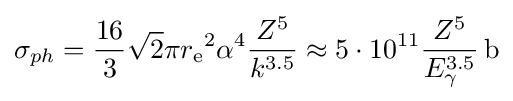
\sigma _{ph}={\frac {16}{3}}{\sqrt {2}}\pi {r_{\text{e}}}^{2}\alpha ^{4}{\frac {Z^{5}}{k^{3.5}}}\approx 5\cdot 10^{11}{\frac {Z^{5}}{E_{\gamma }^{3.5}}}\,\mathrm {b}